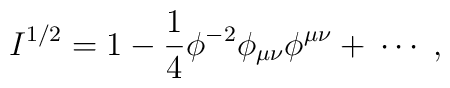
I^{1/2} = 1 - \frac{1}{4}\phi^{-2}\phi_{\mu\nu}\phi^{\mu\nu} + \: \cdots\; ,